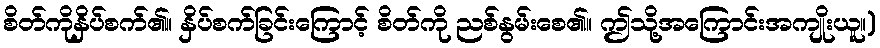
စိတ်ကိုနှိပ်စက်၏။ နှိပ်စက်ခြင်းကြောင့် စိတ်ကို ညစ်နွမ်းစေ၏။ ဤသို့အကြောင်းအကျိုးယူ။)